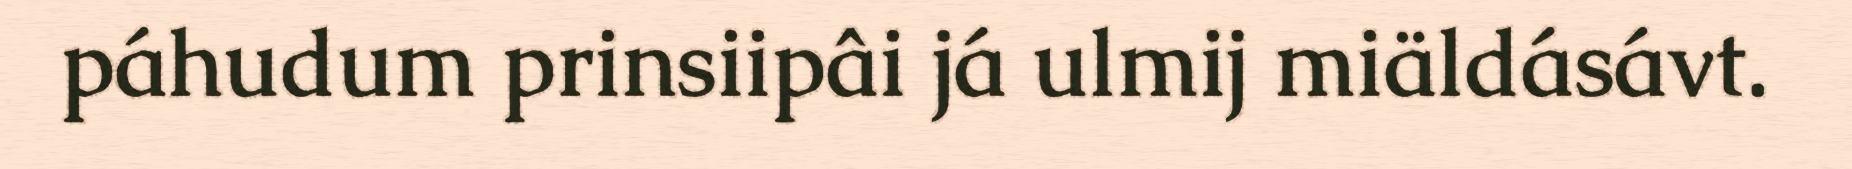
páhudum prinsiipâi já ulmij miäldásávt.